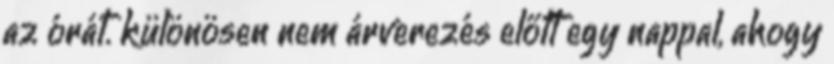
az órát. különösen nem árverezés előtt egy nappal, ahogy